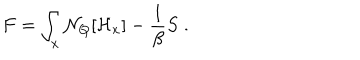
F = \int _ { x } { \cal N } _ { Q } [ { \cal H } _ { x } ] - { \frac { 1 } { \beta } } S \; .